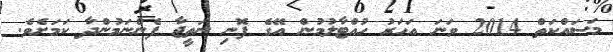
މަސައްކަތް 2014 ވަނަ އަހަރު ހުއްޓާލުމުން އޭގެ ފޮނި ނަތީޖާ ފެންނަމުންދާ ކަމަށެވެ.